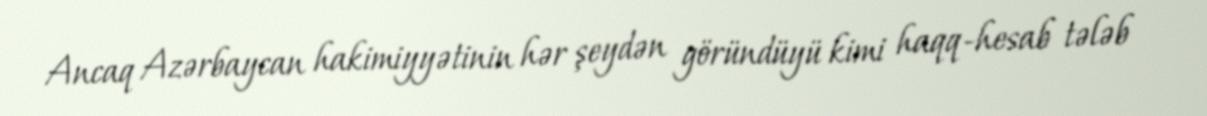
Ancaq Azərbaycan hakimiyyətinin hər şeydən göründüyü kimi haqq-hesab tələb